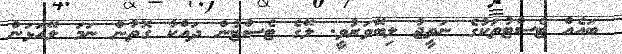
ބައެއް ޓެސްޓުތަކުގެ ނަތީޖާ ލިބޭވަރުވީ. ލޭގެ ޓެސްޓުން ދައްކާ ގޮތުން ނަމަ ލޭއަޅަން